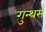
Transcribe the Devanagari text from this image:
गुन्थर्स